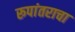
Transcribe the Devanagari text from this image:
रूपांतराचा